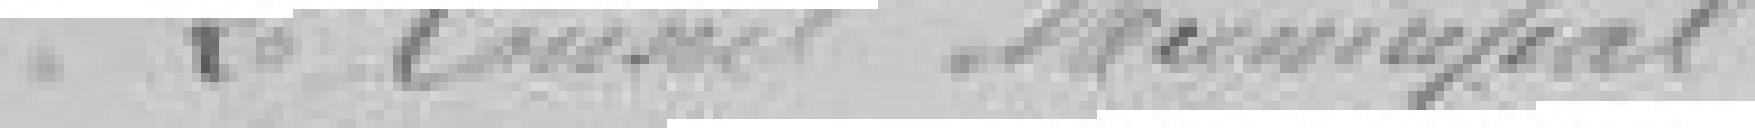
Le Conseil Municipal